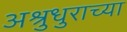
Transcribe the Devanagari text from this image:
अश्रुधुराच्या